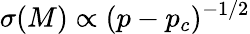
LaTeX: \sigma(M)\propto(p-p_{c})^{-1/2}